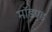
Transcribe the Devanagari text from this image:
मॉडएड